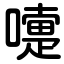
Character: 嚏